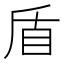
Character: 盾